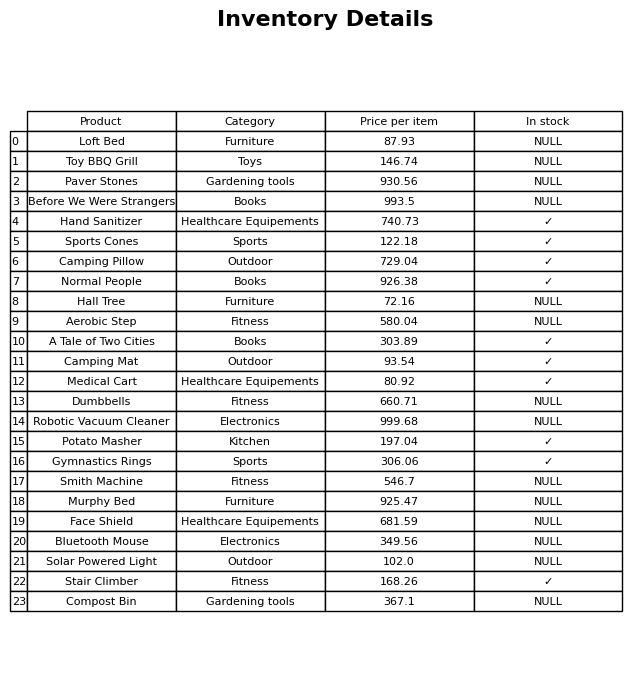
question: What is the price for Loft Bed?
answer: The price of Loft Bed is 87.93.